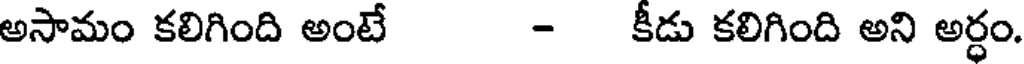
అసామం కలిగింది అంటే - కీడు కలిగింది అని అర్ధం.